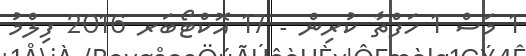
1 މަސް 1 ހަފްތާ ކުރިން - 17 އޮކްޓޯބަރ 2016 ފިލްމު